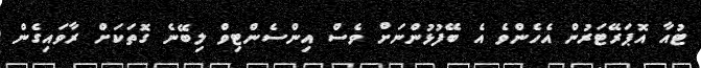
ޓުއާ އޮޕަރޭޓަރުން އެހެންވެ އެ ބޭފުޅުންނަށް ވެސް އިންސެންޓިވް ލިބޭނެ ގޮތަކަށް ރާވައިގެން